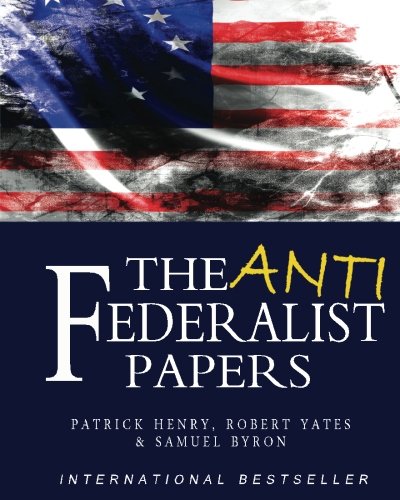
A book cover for The Anti-Federalist Papers; Patrick Henry; History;